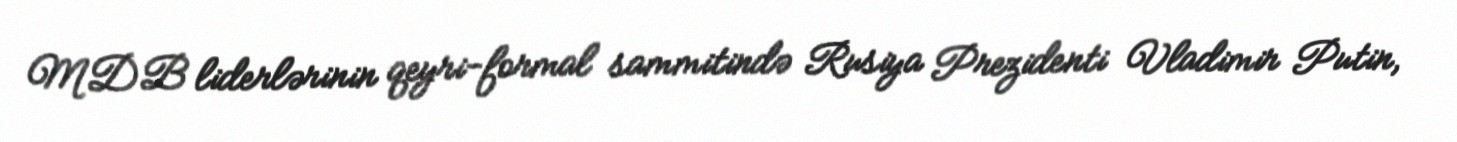
MDB liderlərinin qeyri-formal sammitində Rusiya Prezidenti Vladimir Putin,